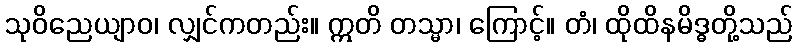
သုဝိညေယျာဝ၊ လျှင်ကတည်း။ ဣတိ တသ္မာ၊ ကြောင့်။ တံ၊ ထိုထိနမိဒ္ဓတို့သည်